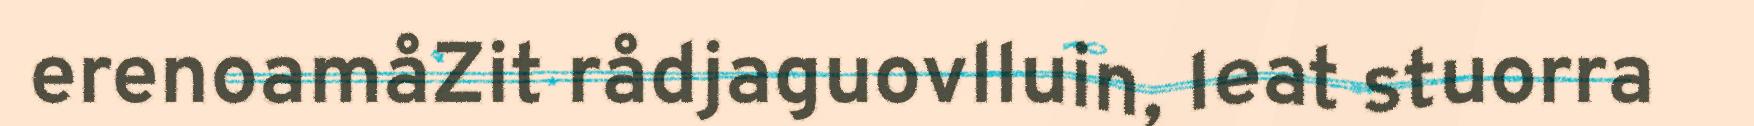
erenoamåZit rådjaguovlluin, leat stuorra